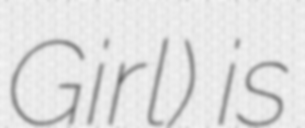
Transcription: Girl) is